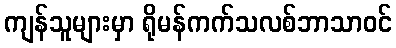
ကျန်သူများမှာ ရိုမန်ကက်သလစ်ဘာသာဝင်